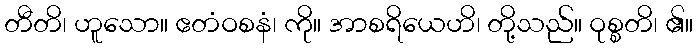
တီတိ၊ ဟူသော။ ဧတံဝစနံ၊ ကို။ အာစရိယေဟိ၊ တို့သည်။ ဝုစ္စတိ၊ ၏။